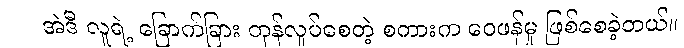
အဲဒီ လူရဲ့ ခြောက်ခြား တုန်လှုပ်စေတဲ့ စကားက ဝေဖန်မှု ဖြစ်စေခဲ့တယ်။